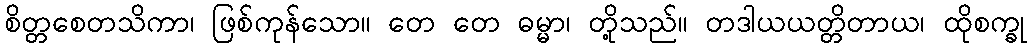
စိတ္တစေတသိကာ၊ ဖြစ်ကုန်သော။ တေ တေ ဓမ္မာ၊ တို့သည်။ တဒါယယတ္တိတာယ၊ ထိုစက္ခု